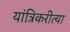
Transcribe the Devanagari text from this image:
यांत्रिकरीत्या